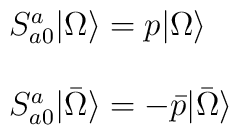
\begin{array}{l}S^{a}_{a0}  | \Omega \rangle =  p  | \Omega \rangle \\\  \\S^{a}_{a0}  | \bar{\Omega} \rangle=  -\bar{p}  |\bar{\Omega} \rangle\end{array}